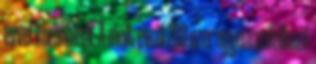
évvel korábbinál. A múlt évről 289 ezer egyéni vállalkozó